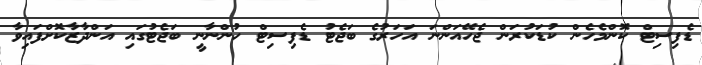
ޑެފިސިޓް ކޮންމެހެން ކުޑަކުރަން ޖެހޭއަންނަ އަހަރުގެ ބަޖެޓު ޑެފިސިޓް ހުންނާނީ ބަޖެޓުގައި އަންދާޒާކޮށްފައިވާ